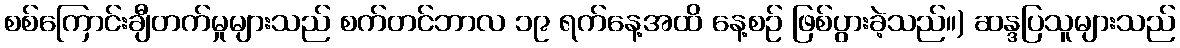
စစ်ကြောင်းချီတက်မှုများသည် စက်တင်ဘာလ ၁၉ ရက်နေ့အထိ နေ့စဉ် ဖြစ်ပွားခဲ့သည်။) ဆန္ဒပြသူများသည်